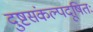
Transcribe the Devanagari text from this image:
दुष्टसंकल्पदूषितः